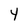
Character: 4